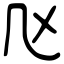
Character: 𠘰